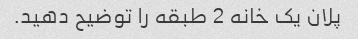
پلان یک خانه 2 طبقه را توضیح دهید.